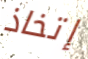
إتخاذ